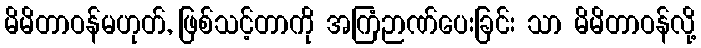
မိမိတာဝန်မဟုတ်, ဖြစ်သင့်တာကို အကြံဉာဏ်ပေးခြင်း သာ မိမိတာဝန်လို့